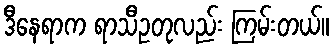
ဒီနေရာက ရာသီဥတုလည်း ကြမ်းတယ်။